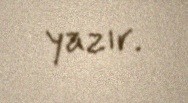
yazır.